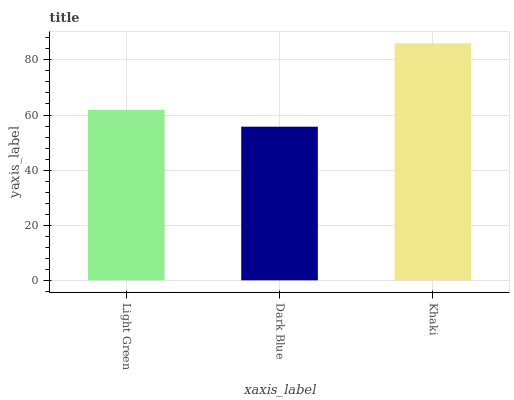
| xaxis_label | bars |
 | --- | --- |
 | Light Green | 61.9 |
 | Dark Blue | 55.8 |
 | Khaki | 86 |